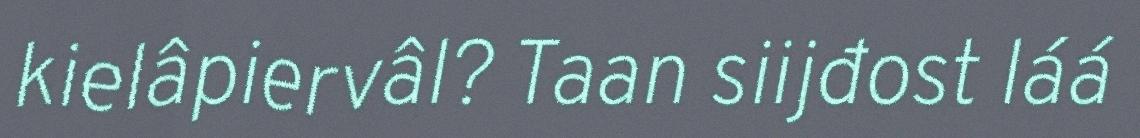
kielâpiervâl? Taan siijđost láá